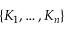
\{ K _ { 1 } , \dots , K _ { n } \}